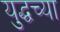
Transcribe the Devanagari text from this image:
युद्धच्या